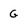
Character: G